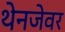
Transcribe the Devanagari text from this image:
थेनजेवर